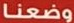
وضعنا